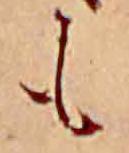
も